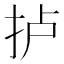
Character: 𢫘